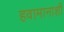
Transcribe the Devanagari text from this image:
हवामानाशी